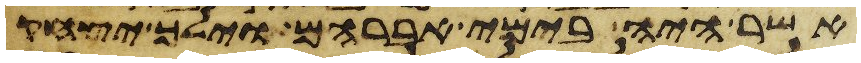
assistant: אשר היה בימי אברהם וילך יצחק